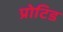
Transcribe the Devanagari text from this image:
प्रोटिड